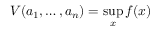
V ( a _ { 1 } , \ldots , a _ { n } ) = \operatorname* { s u p } _ { x } f ( x )